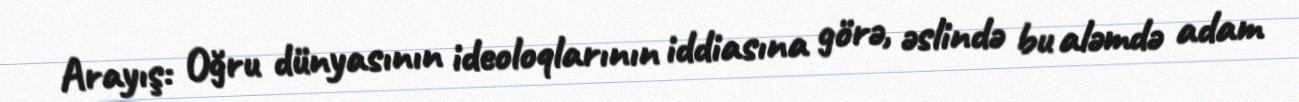
Arayış: Oğru dünyasının ideoloqlarının iddiasına görə, əslində bu aləmdə adam